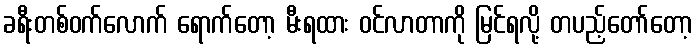
ခရီးတစ်ဝက်လောက် ရောက်တော့ မီးရထား ဝင်လာတာကို မြင်ရလို့ တပည့်တော်တော့